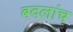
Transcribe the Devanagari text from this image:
बदलांच